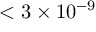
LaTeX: < 3 \times 1 0 ^ { - 9 }